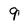
Character: 9